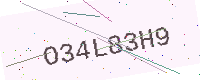
Text: O34L83H9